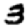
Digit: 3